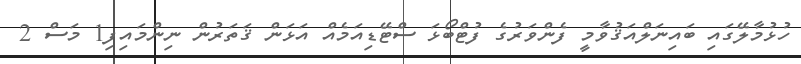
ހުޅުމާލޭގައި ބައިނަލްއަޤުވާމީ ފެންވަރުގެ ފުޓްބޯޅަ ސްޓޭޑިއަމެއް އަޅަން ޤަތަރުން ނިންމައިފި1 މަސް 2